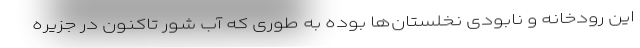
این رودخانه و نابودی نخلستان‌ها بوده به طوری که آب شور تاکنون در جزیره